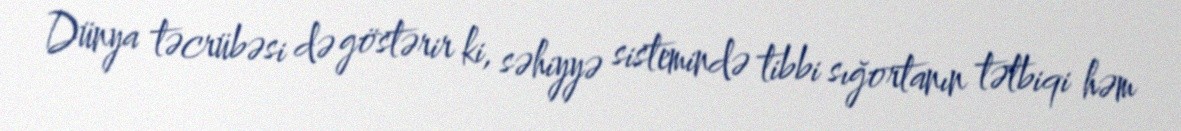
Dünya təcrübəsi də göstərir ki, səhiyyə sistemində tibbi sığortanın tətbiqi həm